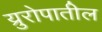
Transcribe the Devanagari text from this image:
य्रुरोपातील